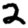
Digit: 2